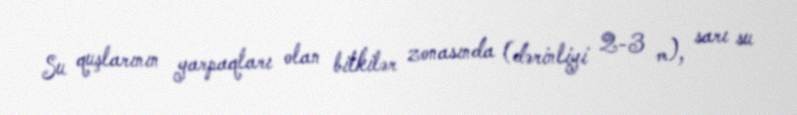
Su quşlarının yarpaqları olan bitkilər zonasında (dərinliyi 2-3 m), sarı su